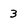
Character: 3